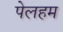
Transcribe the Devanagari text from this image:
पेलहम